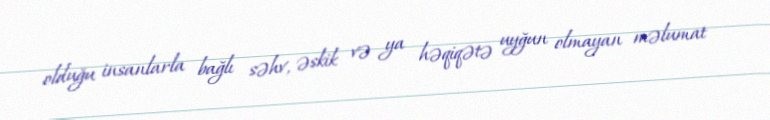
olduğu insanlarla bağlı səhv, əskik və ya həqiqətə uyğun olmayan məlumat